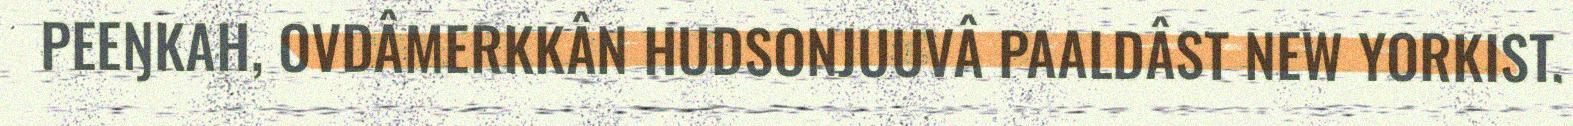
PEEŊKAH, OVDÂMERKKÂN HUDSONJUUVÂ PAALDÂST NEW YORKIST.